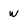
Character: w